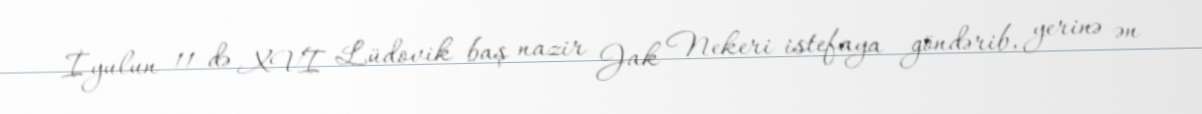
İyulun 11-də XVI Lüdovik baş nazir Jak Nekeri istefaya göndərib, yerinə ən